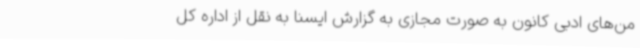
من‌های ادبی کانون به صورت مجازی به گزارش ایسنا به نقل از اداره کل